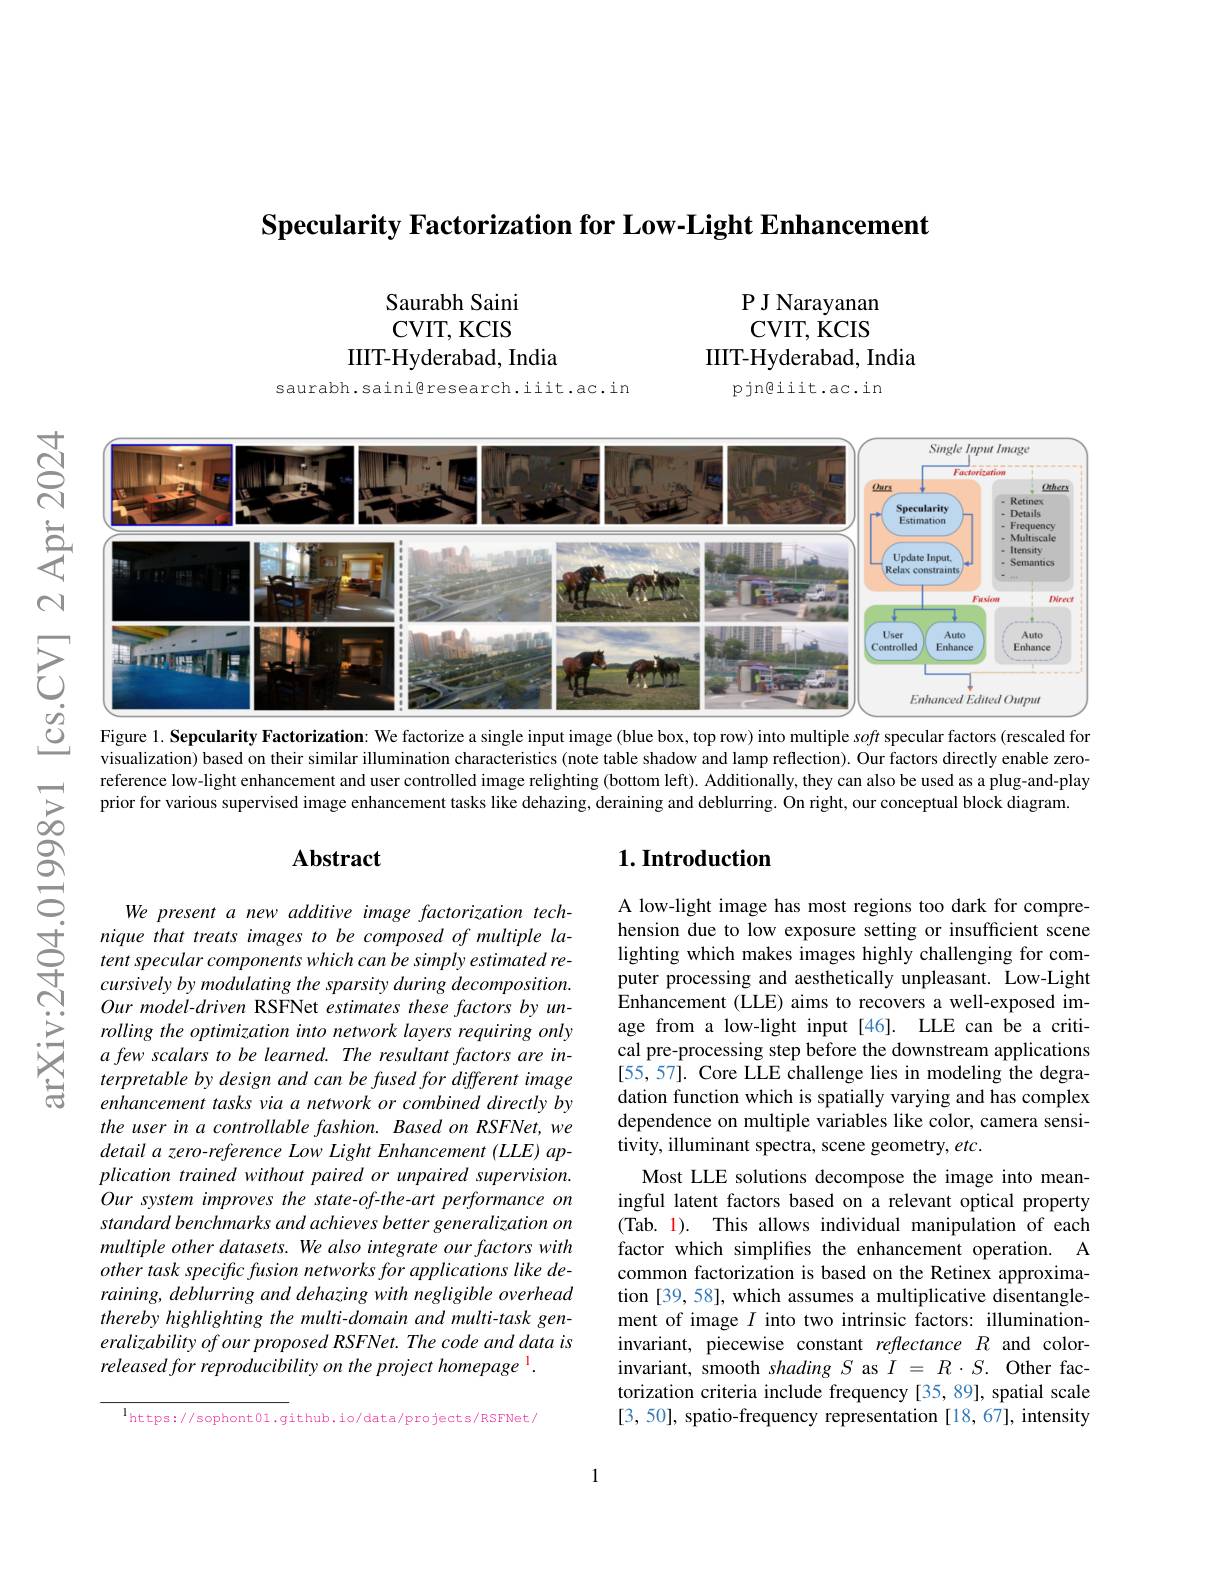
$\textbf{Specularity Factorization for Low- Light Enhancement}$

Saurabh Saini CVIT, KCIS
IIIT-Hyderabad, India

P J Narayanan CVIT, KCIS
IIIT-Hyderabad, India
pjn@iit.ac.in

saurabh.saini@research.iit.ac.in

寸
<FigureHere>
5元$양$

Figure 1. Sepcularity Factorization: We factorize a single input image (blue box, top row) into multiple soft specular factors (rescaled for visualization) based on their similar illumination characteristics (note table shadow and lamp reflection). Our factors directly enable zeroreference low-light enhancement and user controlled image relighting (bottom left). Additionally, they can also be used as a plug-and-play prior for various supervised image enhancement tasks like dehazing, deraining and deblurring. On right, our conceptual block diagram.

$ప్రే$

### $\mathbf{Abstract}$

## $1. \textbf{Introduction}$

We present a new additive image factorization tech-
nique that treats images to be composed of multiple la- 1 tent specular components which can be simply estimated re- 2 cursivelv by modulating the sparsitv during decomposition.
cursively by modulating the sparsity during decomposition Our model-driven RSFNet estimates these factors by unrolling the optimization into network layers requiring only a few scalars to be learned. The resultant factors are interpretable by design and can be fused for different image enhancement tasks via a network or combined directly by the user in a controllable fashion. Based on RSFNet, we detail a zero-reference Low Light Enhancement (LLE) application trained without paired or unpaired supervision. Our system improves the state-of-the-art performance on standard benchmarks and achieves better generalization on multiple other datasets. We also integrate our factors with other task specific fusion networks for applications like deraining, deblurring and dehazing with negligible overhead thereby highlighting the multi-domain and multi-task generalizability of our proposed RSFNet. The code and data is released for reproducibility on the project homepage 1.

A low-light image has most regions too dark for comprehension due to low exposure setting or insufficient scene lighting which makes images highly challenging for computer processing and aesthetically unpleasant. Low-Light Enhancement (LLE) aims to recovers a well-exposed image from a low-light input[46]. LLE can be a critical pre-processing step before the downstream applications [55,57]. Core LLE challenge lies in modeling the degradation function which is spatially varying and has complex dependence on multiple variables like color, camera sensitivity, illuminant spectra, scene geometry, etc.
Most LLE solutions decompose the image into meaningful latent factors based on a relevant optical property (Tab. 1). This allows individual manipulation of each factor which simplifes the enhancement operation. A common factorization is based on the Retinex approximation [39, 58], which assumes a multiplicative disentanglement of image $I$ into two intrinsic factors: illuminationinvariant, piecewise constant reflectance $R$ and colorinvariant, smooth shading $S$ as $I=R\cdot S.$ Other factorization criteria include frequency [35, 89], spatial scale [3,50], spatio-frequency representation [18,67], intensity

$^{\mathrm{l}}$https://sophont01.github.io/data/projects/RSFNet/